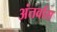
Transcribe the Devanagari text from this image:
अंतर्वास